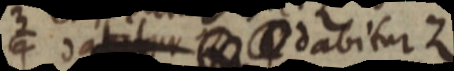
dabitur dabitur Z